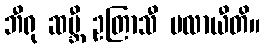
ဘီရု ဆမ္ဘီ ဥတြာသီ ပလာယီတိ။